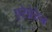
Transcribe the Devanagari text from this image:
एरेब्रेरेन